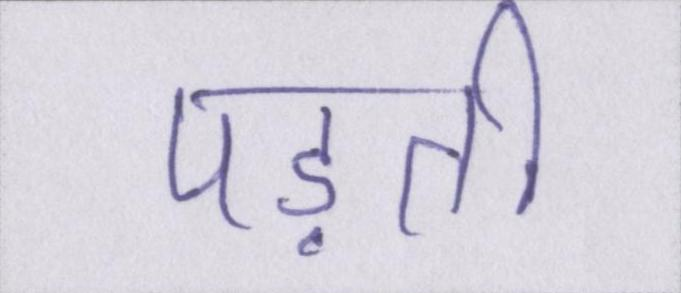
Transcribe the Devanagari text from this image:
पड़ती